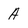
Character: A